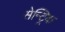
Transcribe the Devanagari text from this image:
सेन्ट्रिक